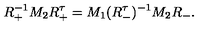
R _ { + } ^ { - 1 } M _ { 2 } R _ { + } ^ { \tau } = { } M _ { 1 } ( R _ { - } ^ { \tau } ) ^ { - 1 } M _ { 2 } R _ { - } .